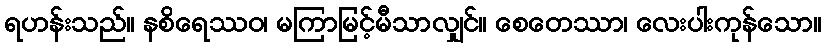
ရဟန်းသည်။ နစိရေဿဝ၊ မကြာမြင့်မီသာလျှင်။ စေတေဿာ၊ လေးပါးကုန်သော။